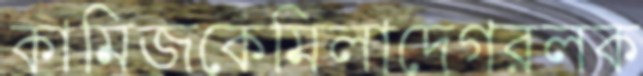
কামিজকেমিলাদেগরলক